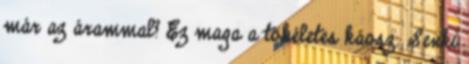
már az árammal? Ez maga a tökéletes káosz. Senki